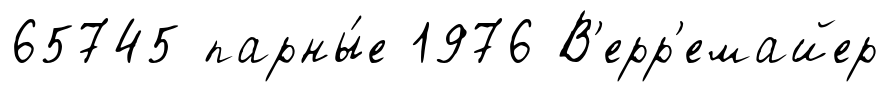
65745 парны́е 1976 В'ерр'емайер